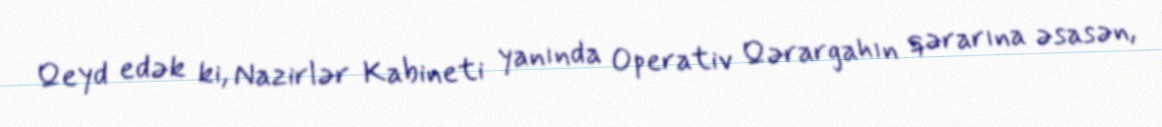
Qeyd edək ki, Nazirlər Kabineti yanında Operativ Qərargahın qərarına əsasən,